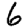
Digit: 6